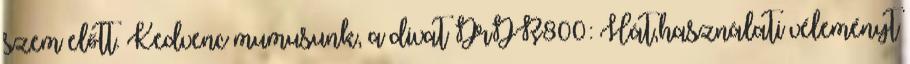
szem előtt. Kedvenc mumusunk, a divat DrDR800: Hát,használati véleményt